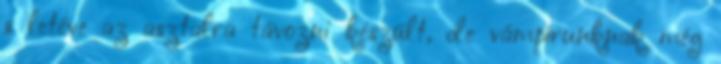
s letéve az asztalra távozni készült, de vámpírunknak még